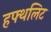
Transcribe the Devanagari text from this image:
हफ्थलिट